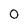
Character: 0